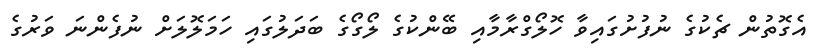
އެގޮތުން ޗެކުގެ ނުފުށުގައިވާ ހޮލޯގްރާމާއި ބޭންކުގެ ލޯގޯގެ ބަދަލުގައި ހަމަލޮލަށް ނުފެންނަ ވަރުގެ